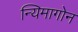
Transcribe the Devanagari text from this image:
न्यिमागोन